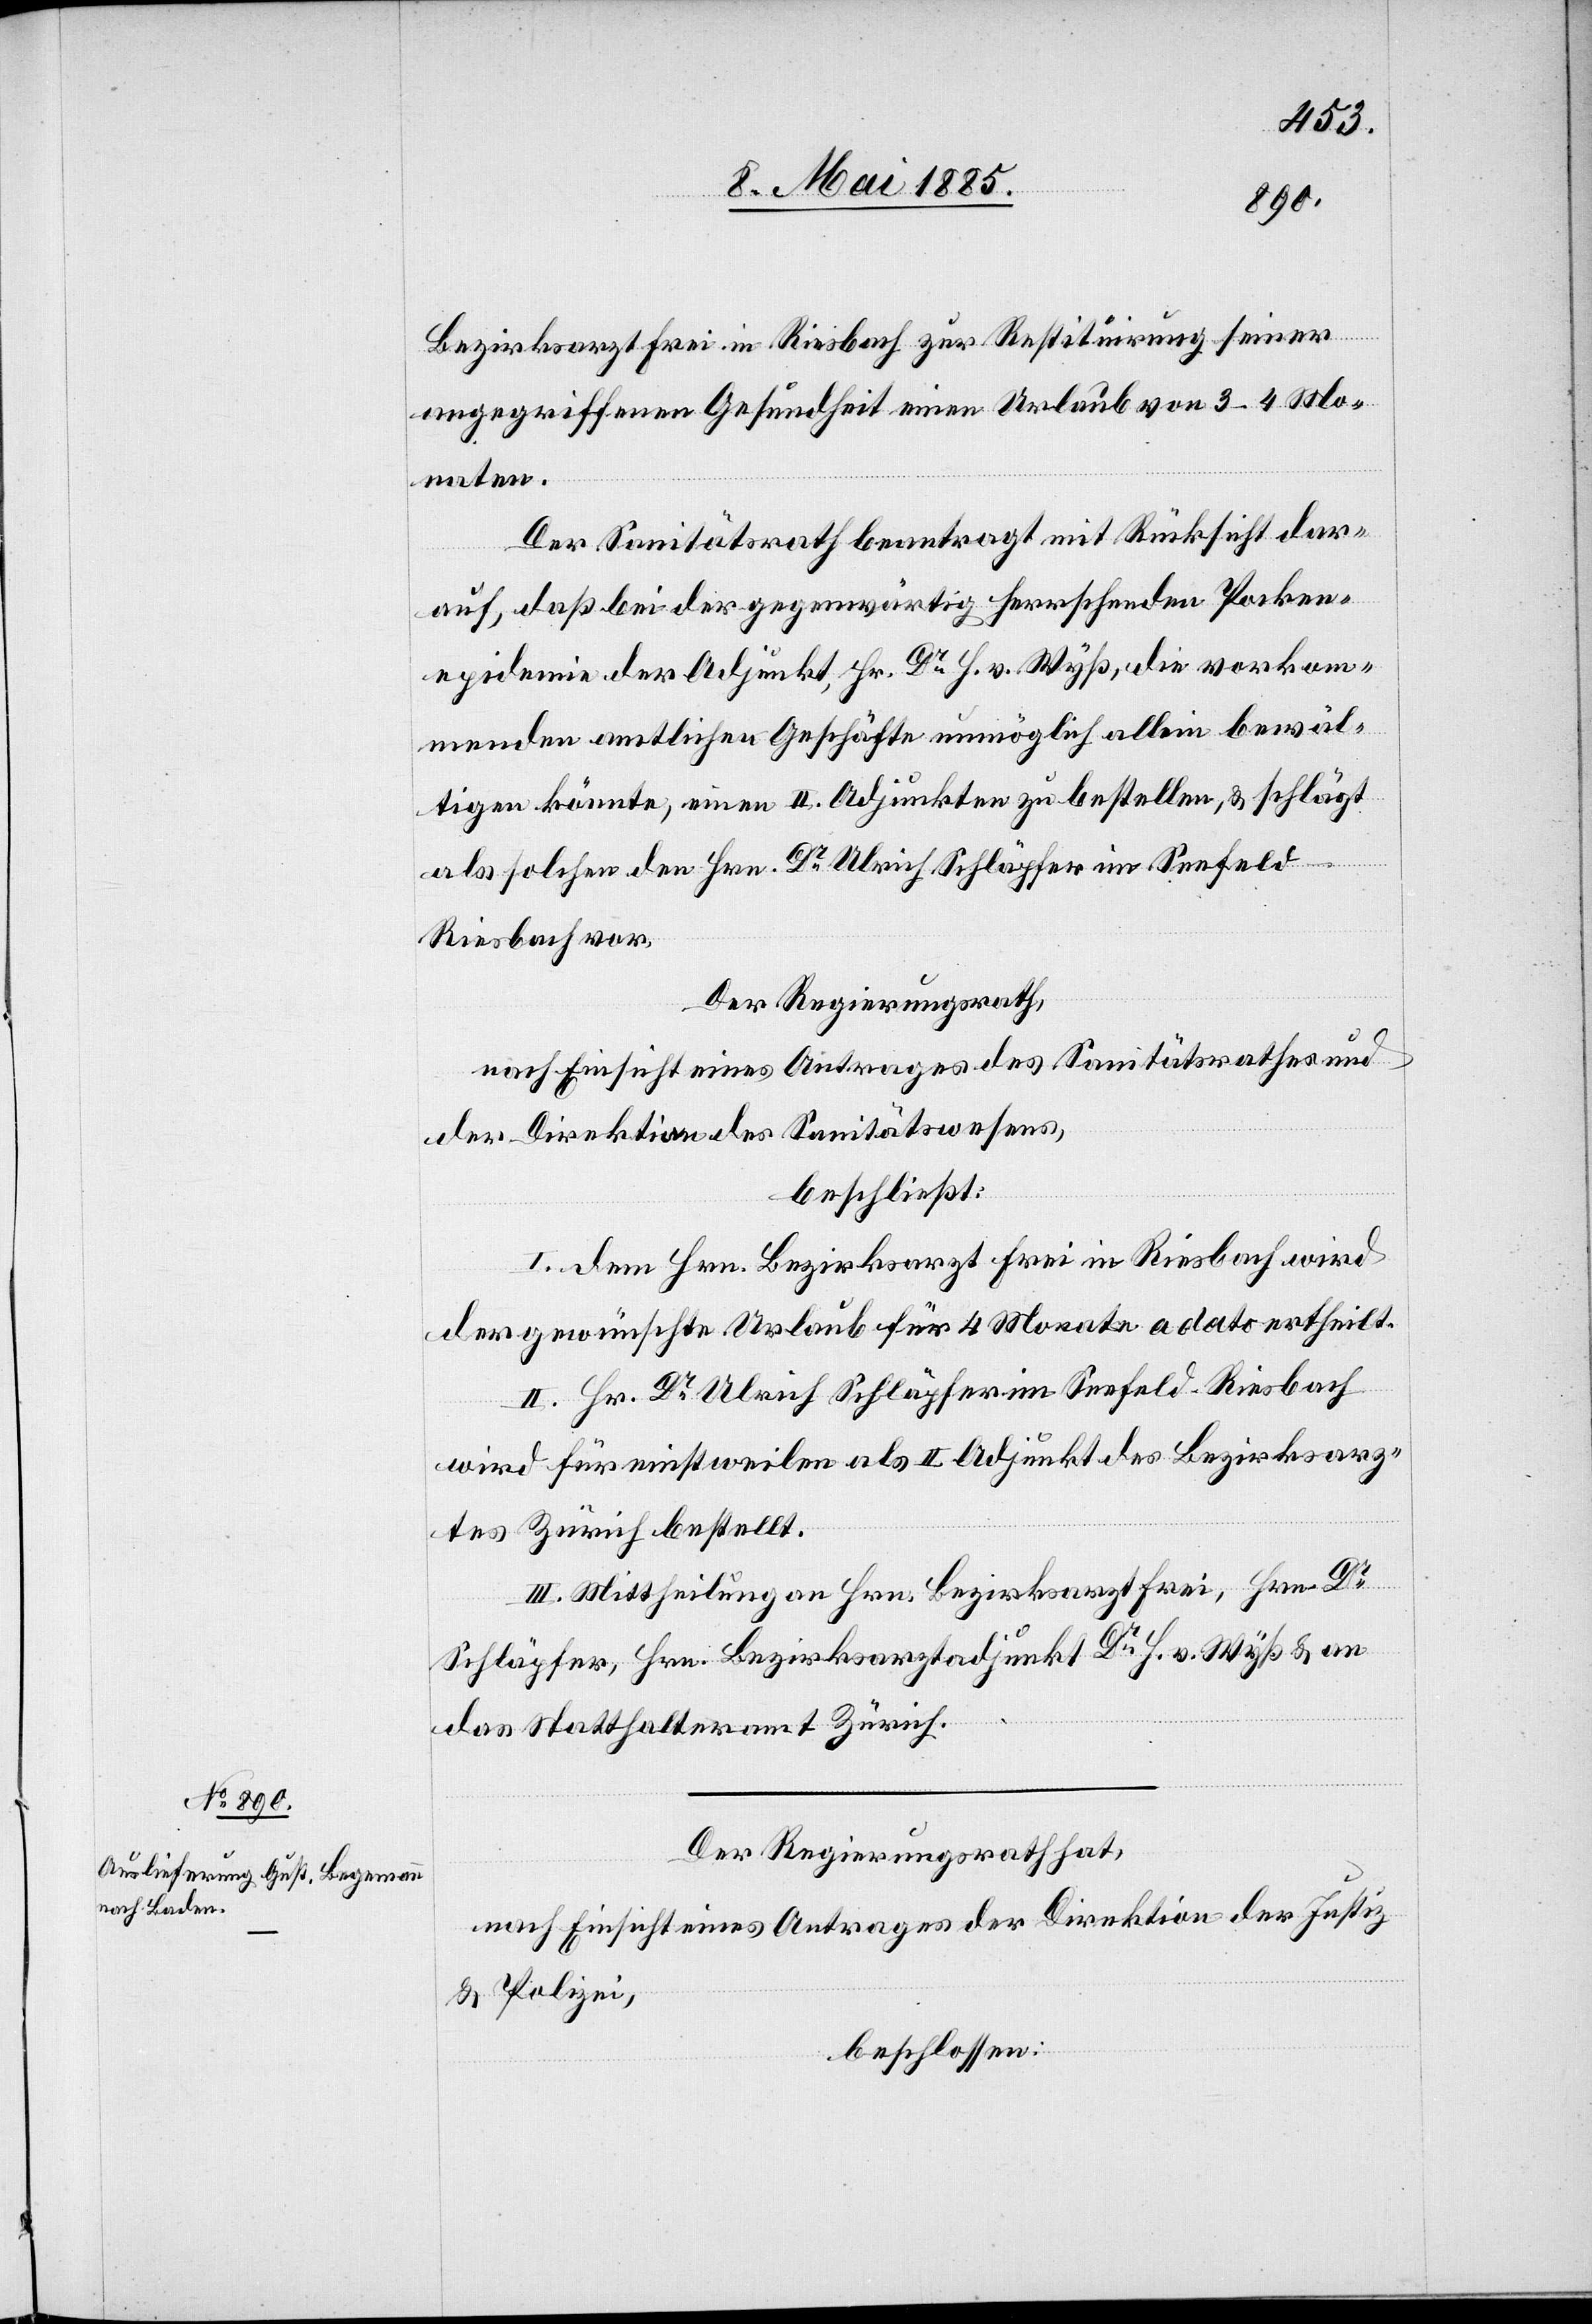
9. Mai 1885.]
Bezirksarzt Frei in Riesbach zur Restituirung seiner
angegriffenen Gesundheit einen Urlaub von 3–4 Mo¬
naten.
Der Sanitätsrath beantragt mit Rücksicht dar¬
auf, daß bei der gegenwärtig herrschenden Pocken¬
epidemie der Adjunkt, Hr. Dr H. v. Wyß, die vorkom¬
menden amtlichen Geschäfte unmöglich allein bewäl¬
tigen könnte, einen II. Adjunkten zu bestellen, & schlägt
als solchen den Hrn. Dr Ulrich Schläpfer im Seefeld
Riesbach vor.
Der Regierungsrath,
nach Einsicht eines Antrages des Sanitätsrathes und
der Direktion des Sanitätswesens,
beschließt:
I. Dem Hrn. Bezirksarzt Frei in Riesbach wird
der gewünschte Urlaub für 4 Monate a dato ertheilt.
II. Hr. Dr Ulrich Schläpfer im Seefeld - Riesbach
wird für einstweilen als II. Adjunkt des Bezirksarz¬
tes Zürich bestellt.
III. Mittheilung an Hrn. Bezirksarzt Frei, Hrn. Dr
Schläpfer, Hrn. Bezirksarztadjunkt Dr H. v. Wyß & an
das Statthalteramt Zürich.
Der Regierungsrath hat,
nach Einsicht eines Antrages der Direktion der Justiz
& Polizei,
beschlossen: